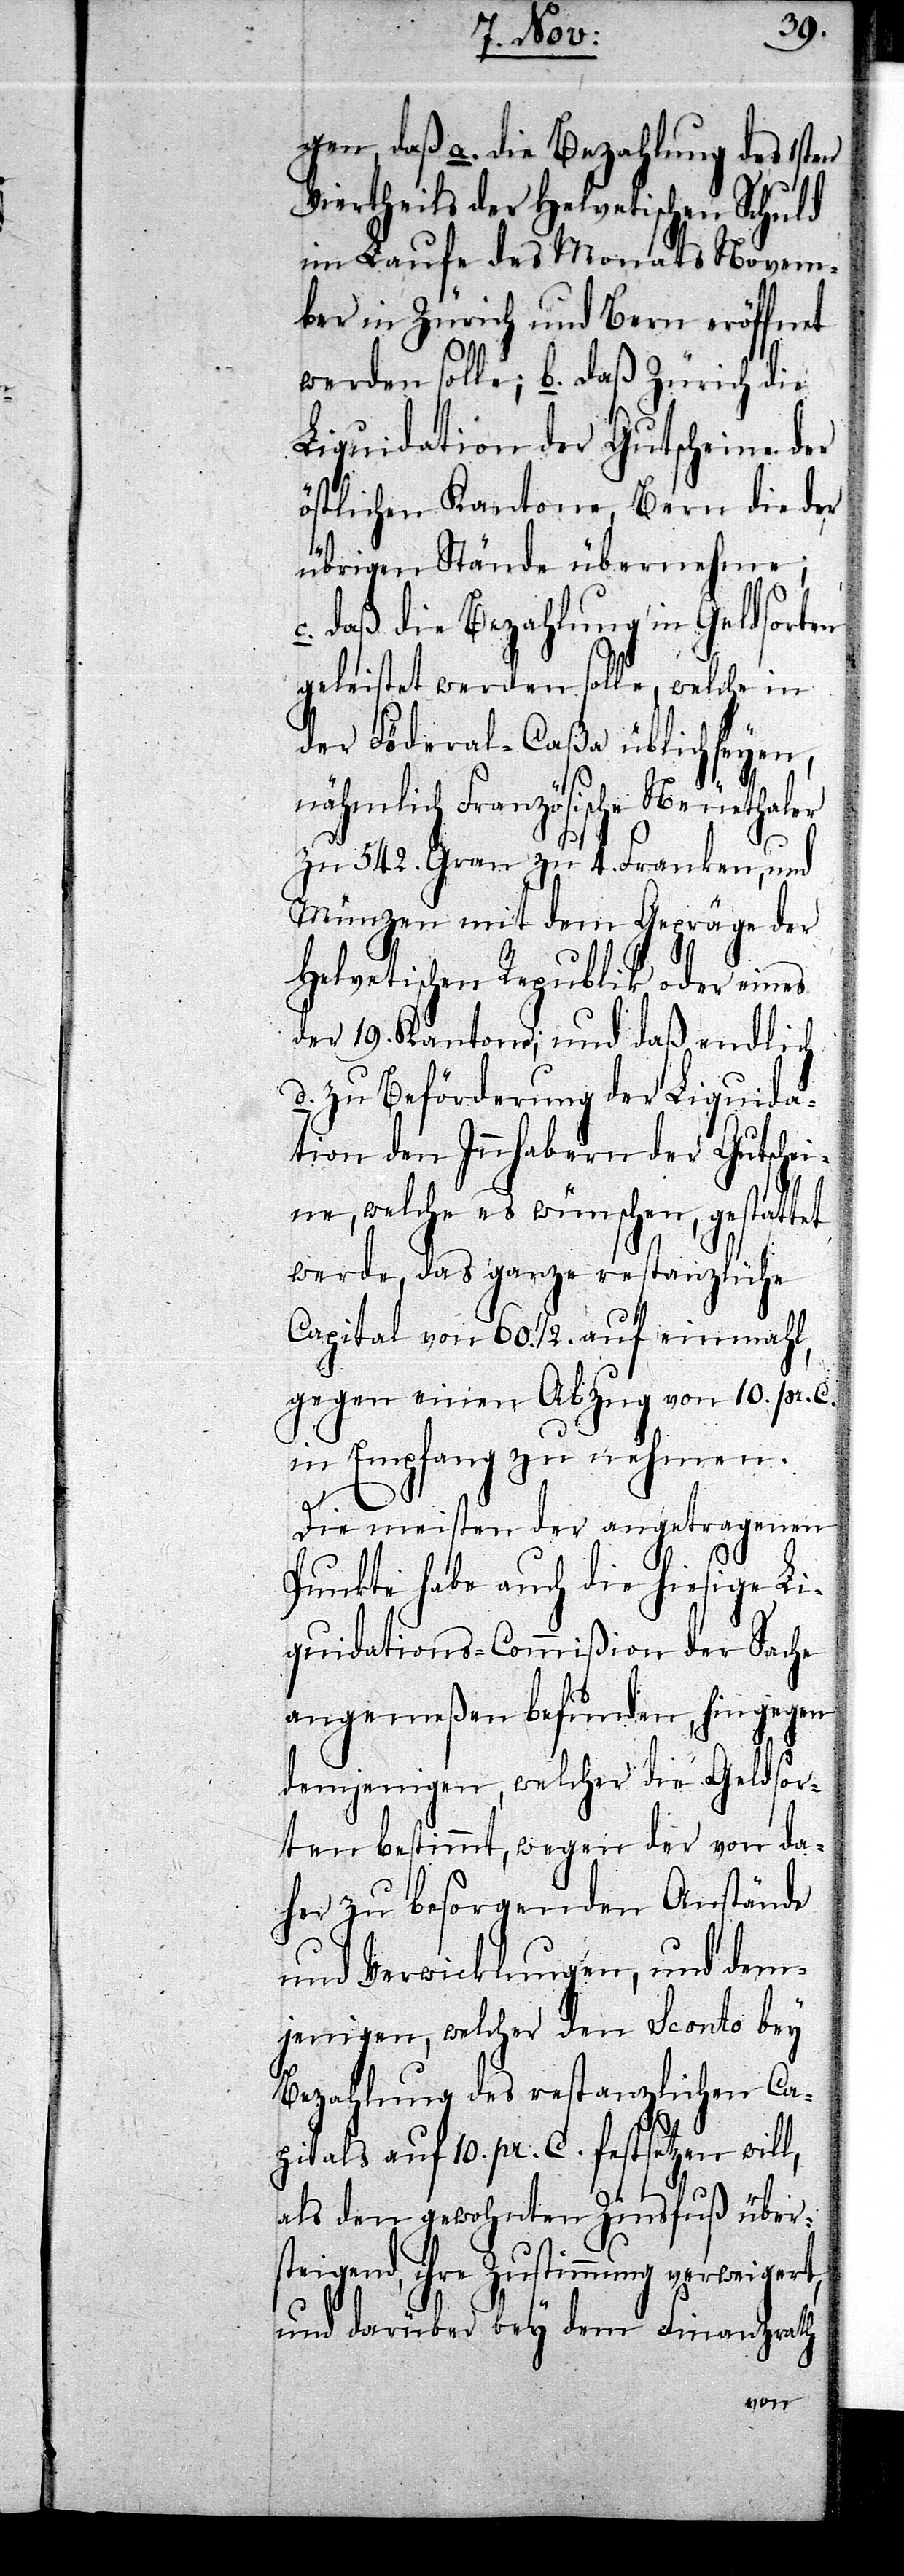
gen, daß a. die Bezahlung des 1sten
Viertheils der Helvetischen Schuld
im Laufe des Monats Novem¬
ber in Zürich und Bern eröffnet
werden solle; b. daß Zürich die
Liquidation der Gutscheine der
östlichen Kantone, Bern die der
übrigen Stände übernehme;
c. daß die Bezahlung in Geldsorten
geleistet werden solle, welche in
der Föderal-Caßa üblich seyen,
nähmlich Französische Neuethaler
zu 542. Gran zu 4. Franken, und
Münzen mit dem Gepräge der
Helvetischen Republik oder eines
der 19. Kantone; und daß endlich
d. zu Beförderung der Liquida¬
tion den Innhabern der Gutschei¬
ne, welche es wünschen, gestatt¬
werde, das ganze restanzliche
Capital von 60. 1/2. auf einmahl,
gegen einen Abzug von 10. pr. C.
in Empfang zu nehmen.
Die meisten der angetragenen
et
Punkte habe auch die hiesige Li¬
quidations-Commißion der Sache
angemeßen befunden, hingegen
demjenigen, welcher die Geldsor¬
ten bestimmt, wegen der von da¬
her zu besorgenden Anstände
und Verwicklungen, und dem¬
jenigen, welcher den Sconto bey
Bezahlung des restanzlichen Ca¬
pitals auf 10. pr. C. festsetzen will,
als den gewohnten Zinsfuß über¬
steigend, ihre Zustimmung verweigert,
und darüber bey dem Finanzrath